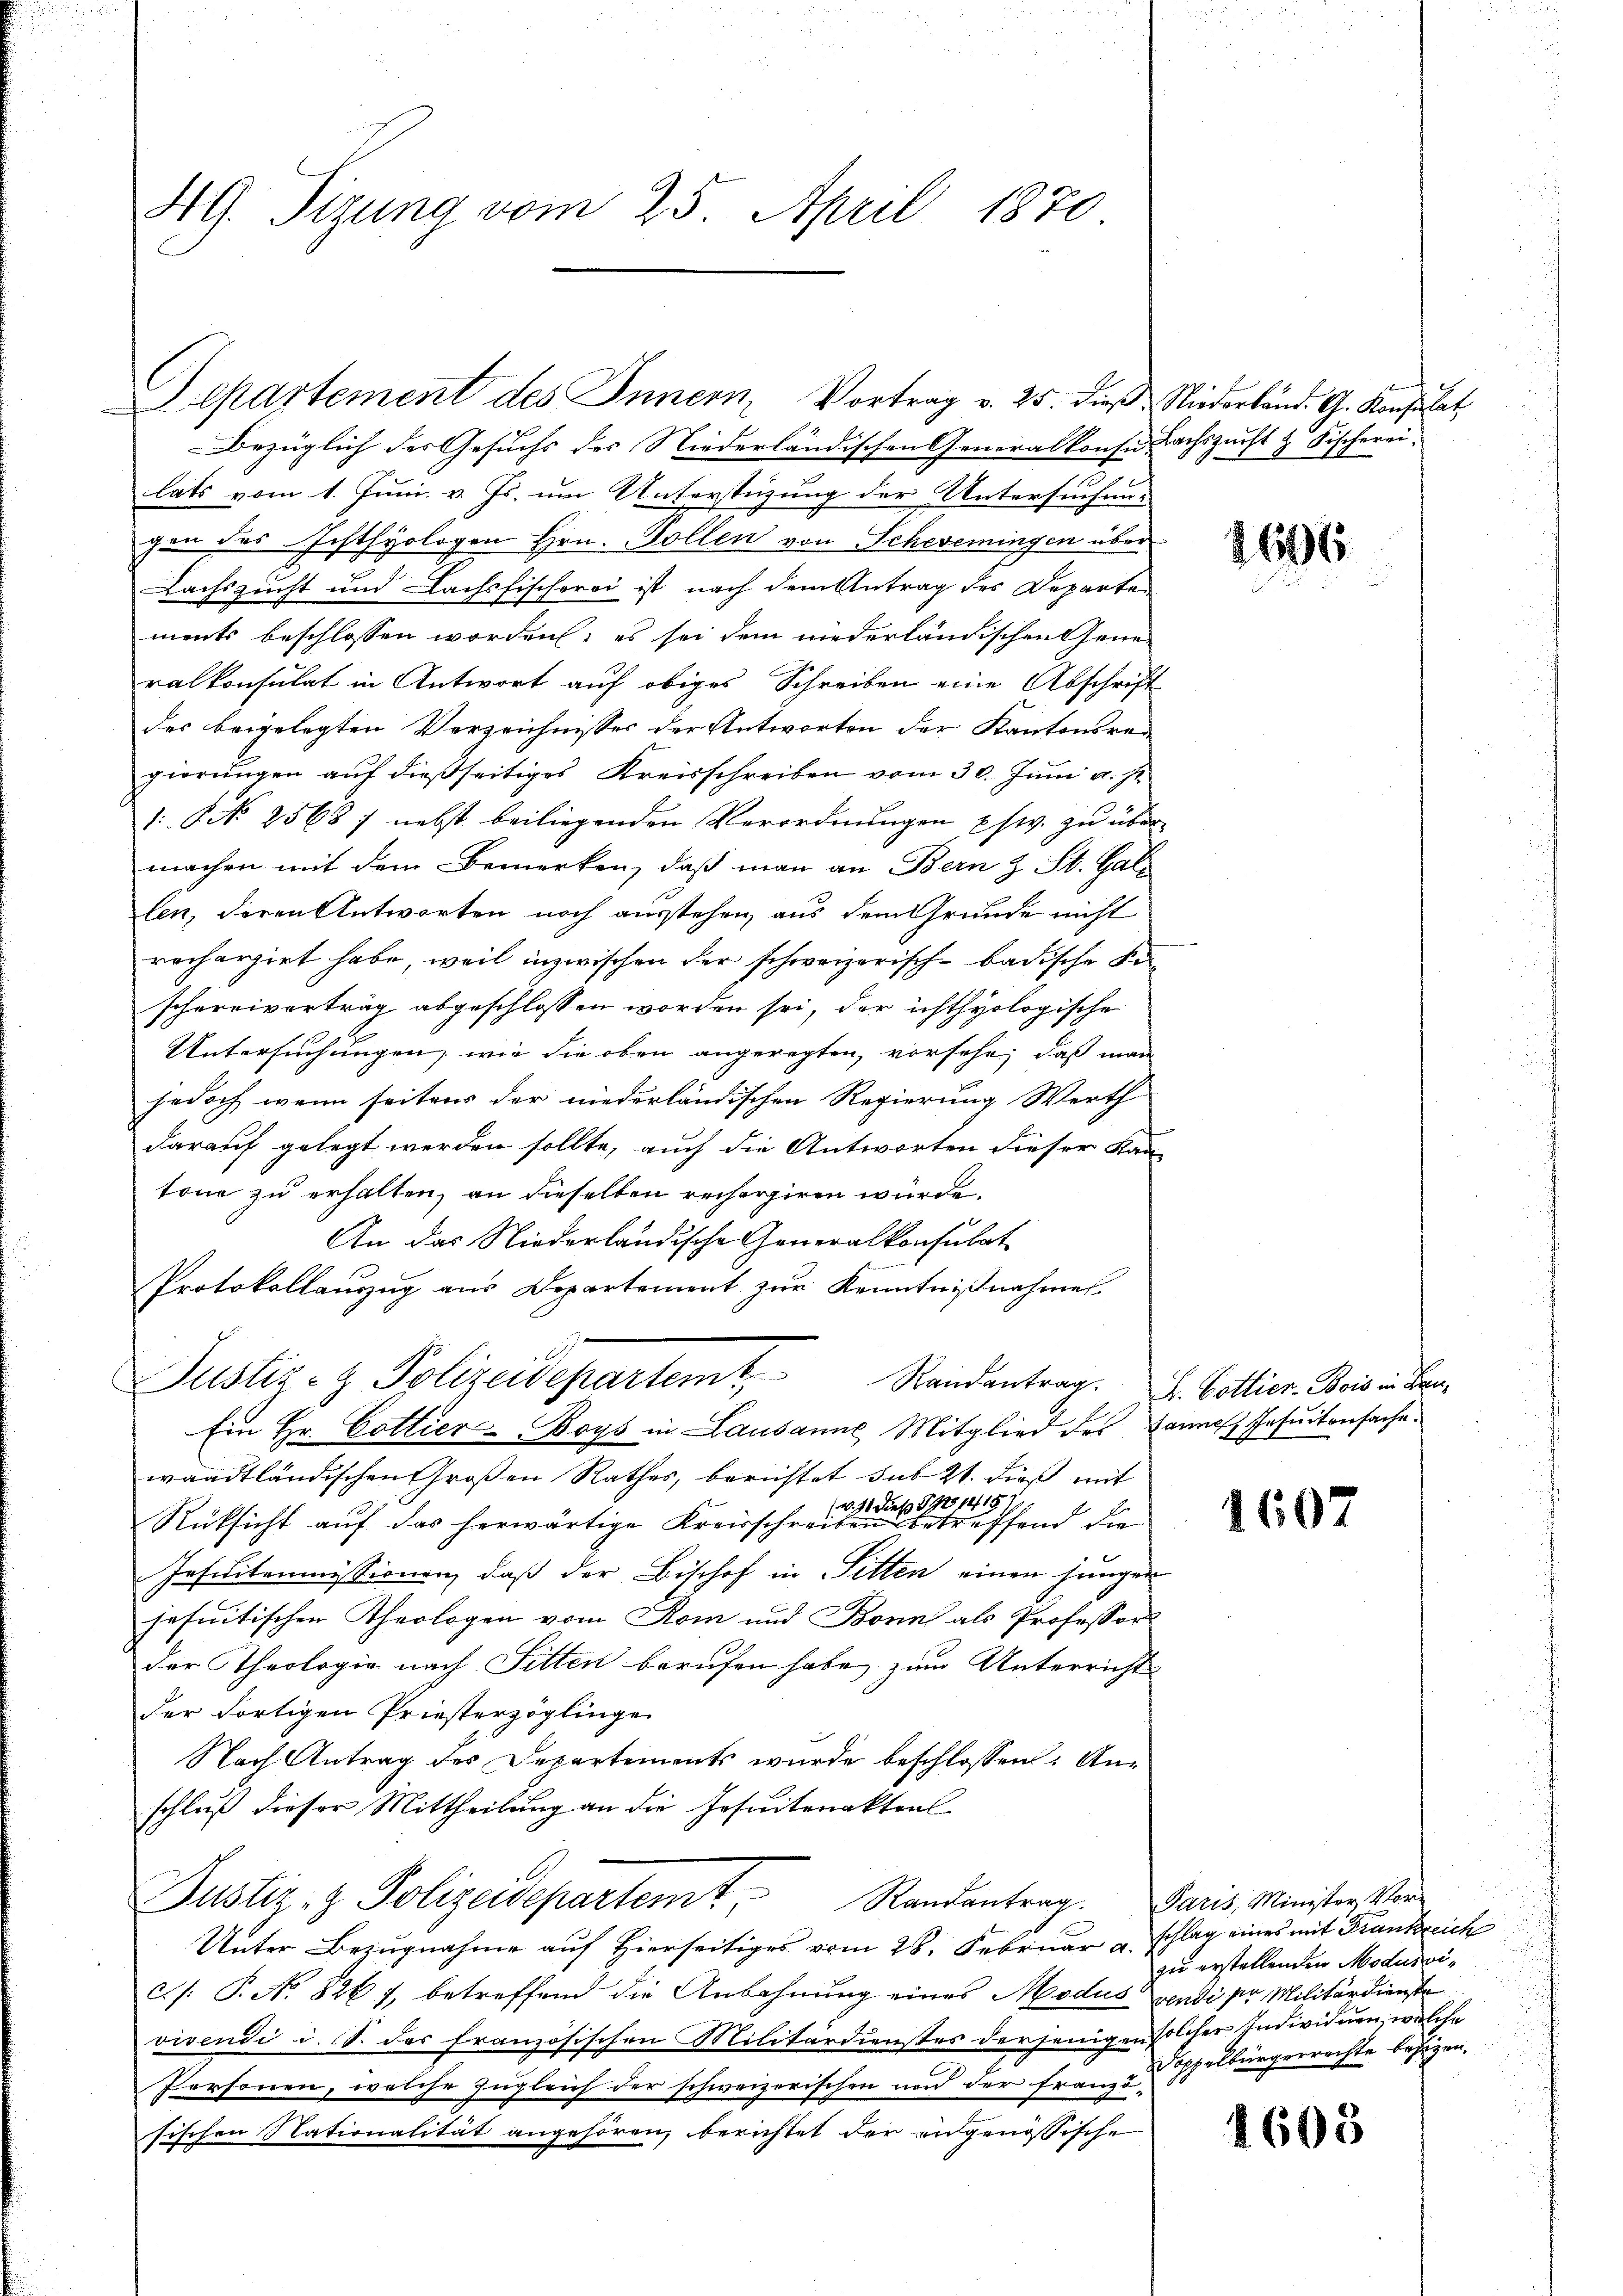
5

Bezüglich des Gesuchs des Niederländischen Generalkonse Lachszunft & Fischerei.
lats vom 1. Juni v. Js. um Unterstüzung der Untersuchen-
gen des Echthyologen Hrn. Tollen von Scheeiningen über
Nachszucht und Lachsfischerei ist nach dem Antrag des Departen
ments beschlossen worden, es sei dem niederländischen Generalkonsulat in Antwort auf obiges Schreiben eine Abschrift
des beigelegten Verzeichnisses der Antworten der Kantonsregierungen auf dießseitiges Kreisschreiben vom 30. Juni v. J.
1: N. 2568 / nebst beiliegenden Verordnungen usw. zu über
machen mit dem Bemerken, daß man an Bern z. St. Gallen, deren Antworten noch ausstehen, aus dem Grunde nicht
rechargirt habe, weil inzwischen der schweizerisch-badische Sischereivertrag abgeschlossen worden sei, der ich thyologische
Untersuchungen, wie die oben angeregten, vorsehe, daß man
jedoch wenn seitens der niederländischen Regierung Werth
darauf gelegt werden sollte, auch die Antworten dieser Kan-
tone zu erhalten, an dieselben rechergiren würde.
An das Niederländische Generalkonsulat
Protokollauzug aus Departement zur Kenntnißnahmes
Justiz- & Polizeidepartemt
Ein Hr. Cottier-Boys in Lausanne Mitglied des Bannes Jesuitensache.
waadtländischen Großen Rathes, berichtet sub 21. dieß mit
(v. 11 dieß P. No 1415
Rüksicht auf das herwärtige Kreisschreiben betreffend die
Insilikommissionen, daß der Bischof in Sitten einen jungen
jesuitischen Theologen vom Rom und Bonn als Professor
der Theologie nach Fitten berufen habe, zum Unterrichts
der Fortigen Priesterzöglinge
Nach Antrag des Departements wurde beschlossen: Anschluß dieser Mittheilung an die Jesuitenaktial
Justiz- & Polizeidepartemt Randantrag.
Unter Bezugnahme auf Hierseitiges vom 28. Februar u. schlag eines mit Frankreich
c./: P. No 826 7, betreffend die Anbahnung eines Modus pendi pr Militärdienste
vivendi d. 8. das französischen Militärdienstes derjenigen solcher Individuen, welche
Personen, welche zugleich der schweizerischen und der Franzöfischen Nationalität angehören, berichtet der angenössische

4G. Tizung vom 25. April 1870

Separtement des Innern, Vortrag v. 25. dieβ, Niederländ. G. Konsulat

Randantrag: L. Cottier-Bois in Bau¬

1607

1696

Paris, Minister Vor-
zu erstellenden Modusci¬
Doppelbürgerrechte besizen.

1603